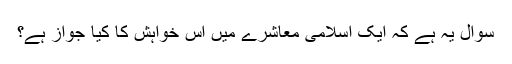
سوال یہ ہے کہ ایک اسلامی معاشرے میں اس خواہش کا کیا جواز ہے؟